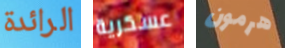
الرائدة عسكرية هرمون